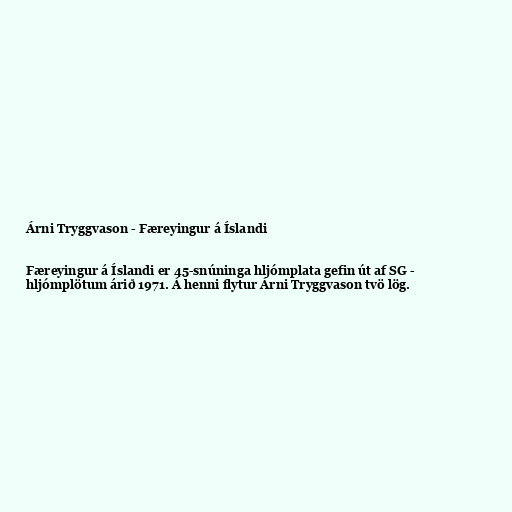
Árni Tryggvason - Færeyingur á Íslandi

Færeyingur á Íslandi er 45-snúninga hljómplata gefin út af SG -
hljómplötum árið 1971. Á henni flytur Árni Tryggvason tvö lög.